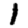
Digit: 1